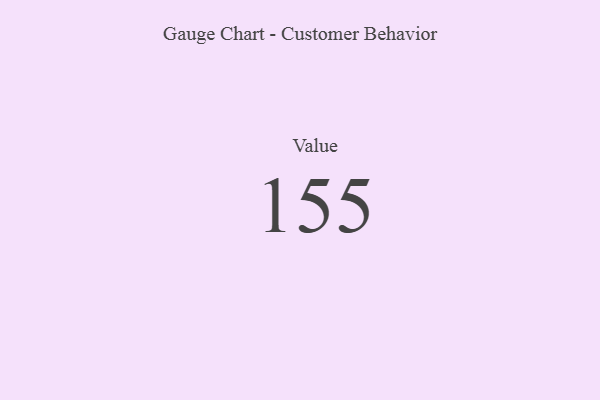
{"axis": {"x": "Metric", "y": "Value"}, "legend": [""], "data": [{"x": "Value", "y": 155, "type": ""}]}